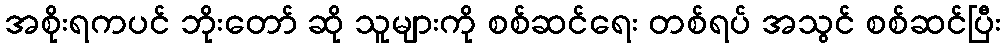
အစိုးရကပင် ဘိုးတော် ဆို သူများကို စစ်ဆင်ရေး တစ်ရပ် အသွင် စစ်ဆင်ပြီး